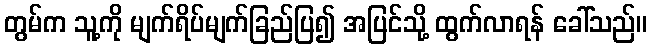
တွမ်က သူ့ကို မျက်ရိပ်မျက်ခြည်ပြ၍ အပြင်သို့ ထွက်လာရန် ခေါ်သည်။